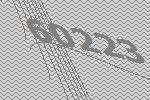
60223